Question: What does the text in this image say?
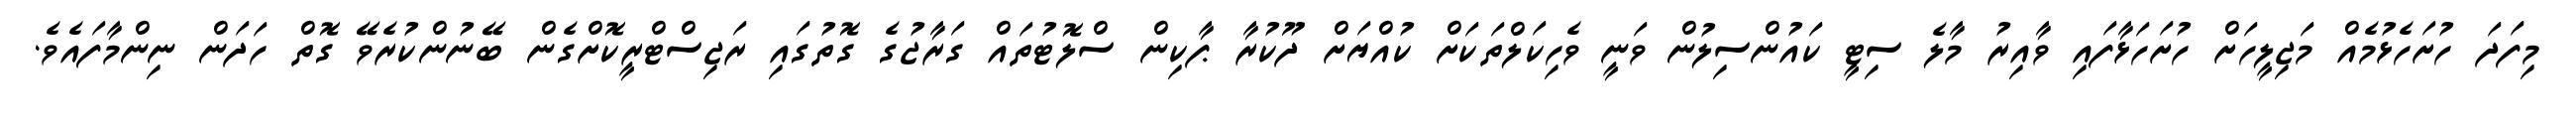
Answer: މިފަދަ ހުށަހެޅުމެއް މަޖިލީހަށް ހުށަހަޅާފައި ވާއިރު މާލެ ސިޓީ ކައުންސިލުން ވަނީ ވެހިކަލްތަކަށް ކުއްޔަށް ދޫކުރާ ޕާކިން ސްލޮޓުތައް ގަރާޖުގެ ގޮތުގައި ރަޖިސްޓްރީކޮށްގެން ބޭނުންކުރެވޭ ގޮތް ހަދަން ނިންމާފައެވެ.